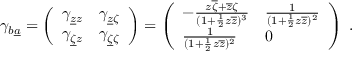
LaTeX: \gamma _ { b \underline { { a } } } = \left( \begin{array} { l l } { { \gamma _ { \underline { { z } } z } } } & { { \gamma _ { \underline { { z } } \zeta } } } \\ { { \gamma _ { \underline { { \zeta } } z } } } & { { \gamma _ { \underline { { \zeta } } \zeta } } } \end{array} \right) = \left( \begin{array} { l l } { { - { \frac { z \overline { { \zeta } } + \overline { { z } } \zeta } { ( 1 + { \frac { 1 } { 2 } } z \overline { { z } } ) ^ { 3 } } } } } & { { { \frac { 1 } { ( 1 + { \frac { 1 } { 2 } } z \overline { { z } } ) ^ { 2 } } } } } \\ { { { \frac { 1 } { ( 1 + { \frac { 1 } { 2 } } z \overline { { z } } ) ^ { 2 } } } } } & { { 0 } } \end{array} \right) \ .